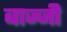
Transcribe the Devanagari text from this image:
बाज्जी